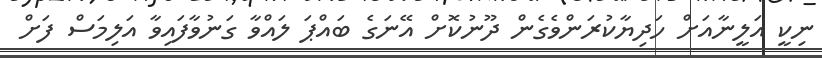
ނިކީ އަލީނާއަށް ހަދިޔާކުރަންވެގެން ދޫނުކޮށް އޭނަގެ ބައްޕަ ލައްވާ ގަނުވާފައިވާ އަލިމަސް ފަށް